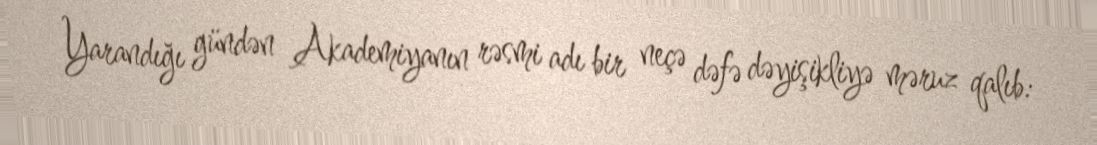
Yarandığı gündən Akademiyanın rəsmi adı bir neçə dəfə dəyişikliyə məruz qalıb: